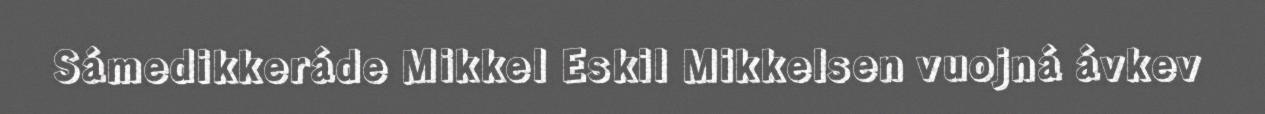
Sámedikkeráde Mikkel Eskil Mikkelsen vuojná ávkev